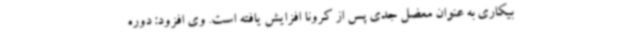
بیکاری به عنوان معضل جدی پس از کرونا افزایش یافته است. وی افزود: دوره